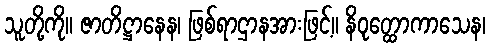
သူတို့ကို။ ဇာတိဋ္ဌာနေန၊ ဖြစ်ရာဌာနအားဖြင့်။ နိဝုတ္ထောကာသေန၊